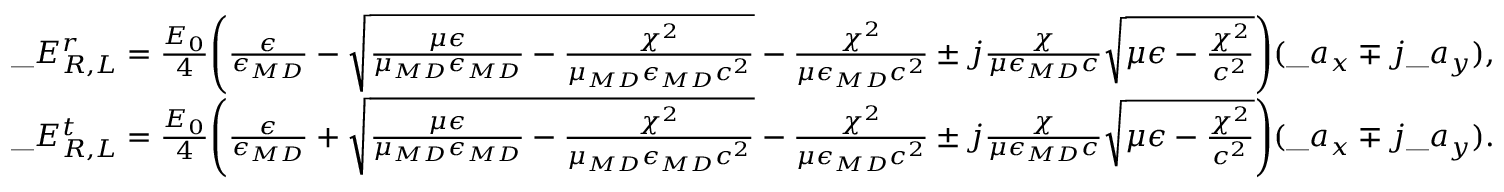
\begin{array} { r l } & { \_ E _ { { \/ R } , { \/ L } } ^ { r } = { \frac { E _ { 0 } } { 4 } } \Bigg ( { \frac { \epsilon } { \epsilon _ { \/ { M D } } } } - \sqrt { { \frac { \mu \epsilon } { \mu _ { \/ { M D } } \epsilon _ { \/ { M D } } } } - { \frac { \chi ^ { 2 } } { \mu _ { \/ { M D } } \epsilon _ { \/ { M D } } c ^ { 2 } } } } - { \frac { \chi ^ { 2 } } { \mu \epsilon _ { \/ { M D } } c ^ { 2 } } } \pm j { \frac { \chi } { \mu \epsilon _ { \/ { M D } } c } } \sqrt { \mu \epsilon - { \frac { \chi ^ { 2 } } { c ^ { 2 } } } } \Bigg ) ( \_ a _ { x } \mp j \_ a _ { y } ) , } \\ & { \_ E _ { { \/ R } , { \/ L } } ^ { t } = { \frac { E _ { 0 } } { 4 } } \Bigg ( { \frac { \epsilon } { \epsilon _ { \/ { M D } } } } + \sqrt { { \frac { \mu \epsilon } { \mu _ { \/ { M D } } \epsilon _ { \/ { M D } } } } - { \frac { \chi ^ { 2 } } { \mu _ { \/ { M D } } \epsilon _ { \/ { M D } } c ^ { 2 } } } } - { \frac { \chi ^ { 2 } } { \mu \epsilon _ { \/ { M D } } c ^ { 2 } } } \pm j { \frac { \chi } { \mu \epsilon _ { \/ { M D } } c } } \sqrt { \mu \epsilon - { \frac { \chi ^ { 2 } } { c ^ { 2 } } } } \Bigg ) ( \_ a _ { x } \mp j \_ a _ { y } ) . } \end{array}